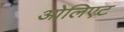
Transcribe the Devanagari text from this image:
ओलिएट